Materia medica of Madras volume I
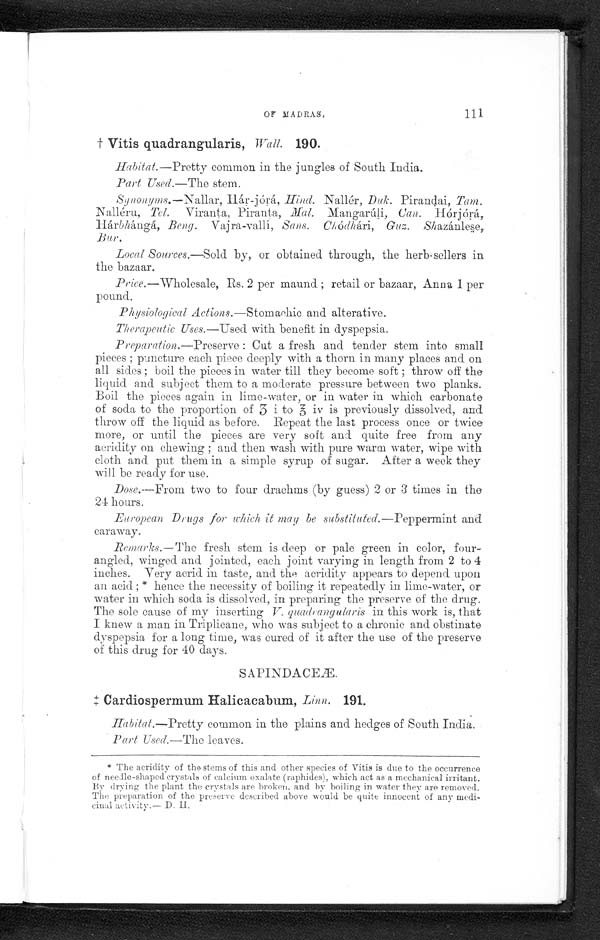
OF MADRAS.
111
† Vitis quadrangularis, Wall. 190.
Habitat.—Pretty common in the jungles of South India.
Part Used.—The stern.
Synonyms.— Nallar , Hár-jórá, Hind. Nallér, Duk. Pirandai, Tam.
Nalléru, Tel. Viranta, Piranta, Mal. Mangarúli, Can. Hórjórá,
Harbhángá, Beng. Vajra-vallí, Sans. Chódhári, Guz. Shazánlese,
Bur.
Local Sources.—Sold by, or obtained through, the herb-sellers in
the bazaar.
Price.—Wholesale, Rs. 2 per maund ; retail or bazaar, Anna 1 per
pound.
Physiological Actions.—Stomachic and alterative.
Therapeutic Uses.—Used with benefit in dyspepsia.
Preparation .—Preserve : Cut a fresh and tender stem into small
pieces ; puncture each piece deeply with a thorn in many places and on
all sides ; boil the pieces in water till they become soft ; throw off the
liquid and subject them to a moderate pressure between two planks.
Boil the pieces again in lime-water, or in water in which carbonate
of soda to the proportion of J i to J iv is previously dissolved, and
throw off the liquid as before. Repeat the last process once or twice
more, or until the pieces are very soft and quite free from an y
acridity on chewing ; and then wash with pure warm water, wipe with
cloth and put them in a simple syrup of sugar. After a week they
will be ready for use.
Dose .—From two to four drachms (by guess) 2 or 3 times in the
24 hours.
European Drugs for which it may be substituted.—Peppermint and
caraway.
Remarks.—The fresh stem is deep or pale green in color, four-
angled, winged and jointed, each joint varying in length from 2 to 4
inches. Very acrid in taste, and the acridity appears to depend upon
an acid ; * hence the necessity of boiling it repeatedly in lime-water, or
water in which soda is dissolved, in preparing the preserve of the drug.
The sole cause of my inserting V. quadrangularis in this work is, that
I knew a man in Triplicane, who was subject to a chronic and obstinate
dyspepsia for a long time, was cured of it after the use of the preserve
of this drug for 40 days.
SAPINDACEÆ
‡ Cardiospermum Halicacabum, Linn. 191.
Habitat.—Pretty common in the plains and hedges of South India.
Part Used.—The leaves.
*The acridity of the sterns of this and other species of Vitis is due to the occurrence
of needle-shaped crystals of calcium oxalate (raphides), which act as a mechanical irritant.
By drying the plant the crystals are broken, and by boiling in water they are removed.
The preparation of the preserve described above would be quite innocent of any medi-
cinal activity.— D. H.